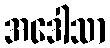
အဒေါသာ